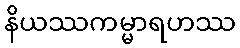
နိယဿကမ္မာရဟဿ